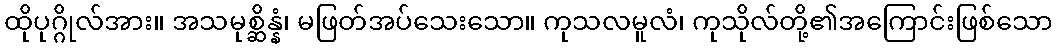
ထိုပုဂ္ဂိုလ်အား။ အသမုစ္ဆိန္နံ၊ မဖြတ်အပ်သေးသော။ ကုသလမူလံ၊ ကုသိုလ်တို့၏အကြောင်းဖြစ်သော